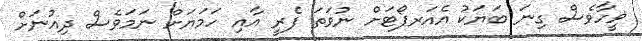
ޥީހާވެސް ގިނަ ބަޔަކު އެއަރޕޯޓަށް ނުވަތަ ފެރީ އާއި ހަމަޔަށް ނަމަވެސް ދިއުނަށް